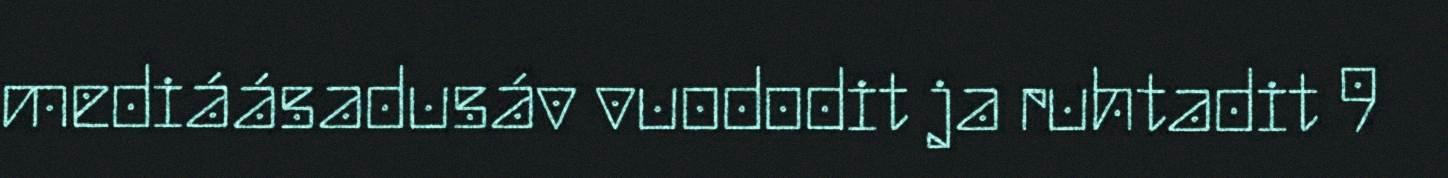
mediáásadusáv vuododit ja ruhtadit 9